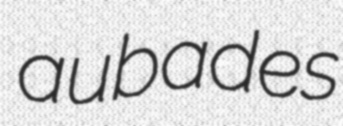
aubades